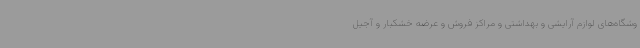
وشگاه‌های لوازم آرایشی و بهداشتی و مراکز فروش و عرضه خشکبار و آجیل